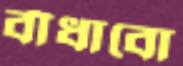
বাঁধাবো